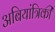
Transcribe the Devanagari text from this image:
अबियांत्रिकी